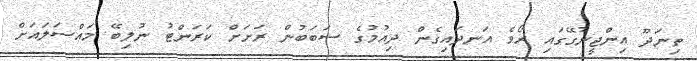
ތިނަދޫ އިންޖީނުގޭގައި ރޯވެ އަނދައިގެން ދިއުމުގެ ސަބަބުން ރަށަށް ކަރަންޓު ނުލިބޭ މައްސަލައަށް